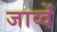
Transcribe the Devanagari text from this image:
जाव्दें